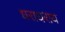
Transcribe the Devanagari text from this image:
धराधराय